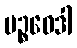
ပဉ္စဝေဒါ